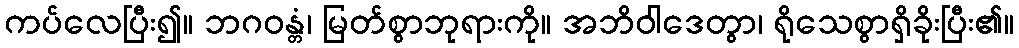
ကပ်လေပြီး၍။ ဘဂဝန္တံ၊ မြတ်စွာဘုရားကို။ အဘိဝါဒေတွာ၊ ရိုသေစွာရှိခိုးပြီး၏။